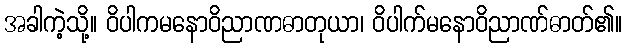
အခါကဲ့သို့။ ဝိပါကမနောဝိညာဏဓာတုယာ၊ ဝိပါက်မနောဝိညာဏ်ဓာတ်၏။